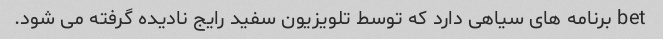
bet برنامه های سیاهی دارد که توسط تلویزیون سفید رایج نادیده گرفته می شود.